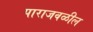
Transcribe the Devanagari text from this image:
पाराजवळील